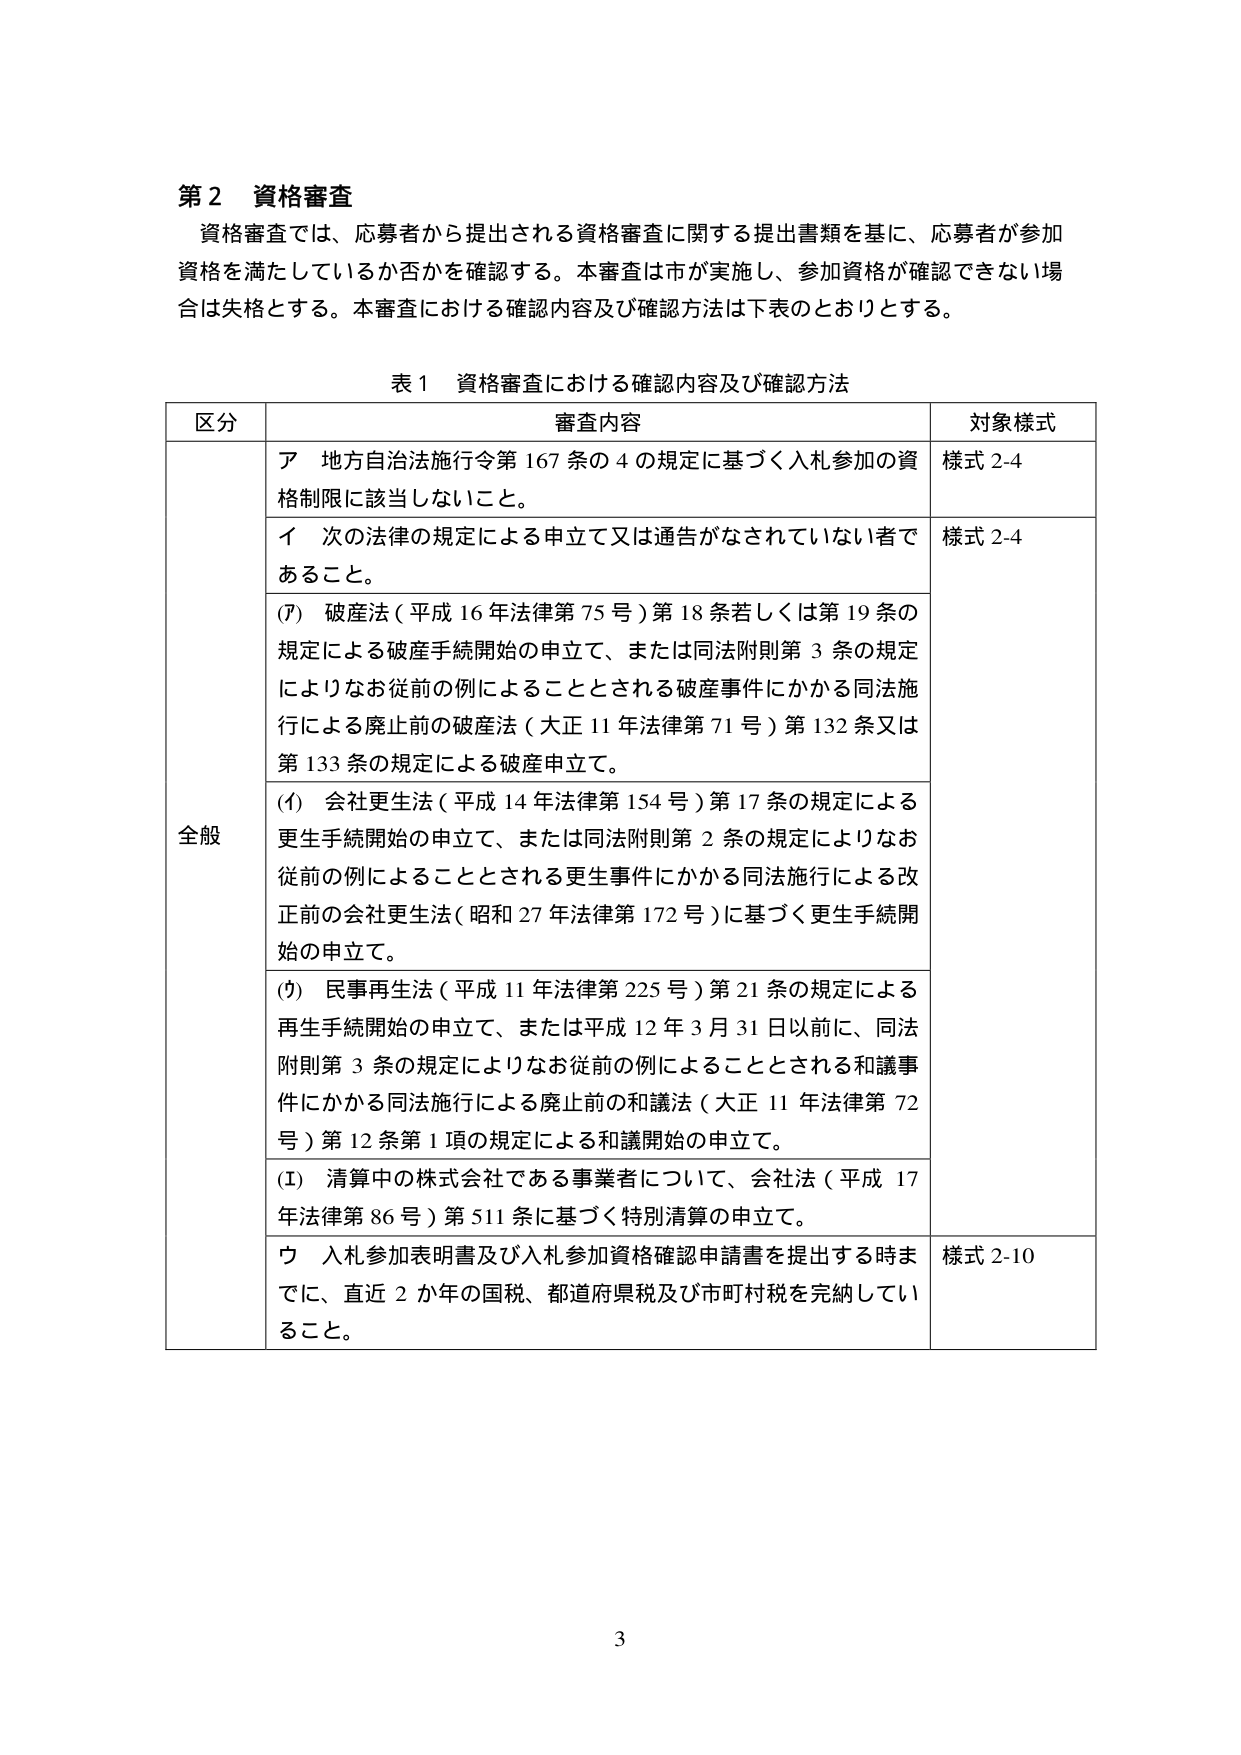
第２ 資格審査
資格審査では、応募者から提出される資格審査に関する提出書類を基に、応募者が参加資格を満たしているか否かを確認する。本審査は市が実施し、参加資格が確認できない場合は失格とする。本審査における確認内容及び確認方法は下表のとおりとする。

表１ 資格審査における確認内容及び確認方法

| 区分 | 審査内容 | 対象様式 |
|------|----------|----------|
| 全般 | ア 地方自治法施行令第167条の4の規定に基づく入札参加の資格制限に該当しないこと。 | 様式2-4 |
| | イ 次の法律の規定による申立て又は通告がなされていない者であること。 | 様式2-4 |
| | (ｱ) 破産法（平成16年法律第75号）第18条若しくは第19条の規定による破産手続開始の申立て、または同法附則第3条の規定によりなお従前の例によることとされる破産事件にかかる同法施行による廃止前の破産法（大正11年法律第71号）第132条又は第133条の規定による破産申立て。 | |
| | (ｲ) 会社更生法（平成14年法律第154号）第17条の規定による更生手続開始の申立て、または同法附則第2条の規定によりなお従前の例によることとされる更生事件にかかる同法施行による改正前の会社更生法（昭和27年法律第172号）に基づく更生手続開始の申立て。 | |
| | (ｳ) 民事再生法（平成11年法律第225号）第21条の規定による再生手続開始の申立て、または平成12年3月31日以前に、同法附則第3条の規定によりなお従前の例によることとされる和議事件にかかる同法施行による廃止前の和議法（大正11年法律第72号）第12条第1項の規定による和議開始の申立て。 | |
| | (ｴ) 清算中の株式会社である事業者について、会社法（平成17年法律第86号）第511条に基づく特別清算の申立て。 | |
| | ウ 入札参加表明書及び入札参加資格確認申請書を提出する時までに、直近2か年の国税、都道府県税及び市町村税を完納していること。 | 様式2-10 |

3